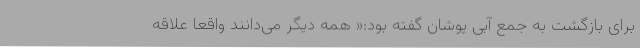
برای بازگشت به جمع آبی پوشان گفته بود:« همه دیگر می‌دانند واقعا علاقه